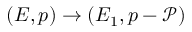
( E , p ) \to ( E _ { 1 } , p - \mathscr { P } )